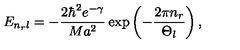
E _ { n _ { r } l } = - \frac { 2 \hbar ^ { 2 } e ^ { - \gamma } } { M a ^ { 2 } } \exp \left( - \frac { 2 \pi n _ { r } } { \Theta _ { l } } \right) ,